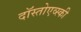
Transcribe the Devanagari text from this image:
दॉस्तोएव्स्की